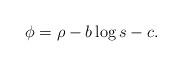
LaTeX: \begin{align*}\phi = \rho - b\log s - c. \end{align*}